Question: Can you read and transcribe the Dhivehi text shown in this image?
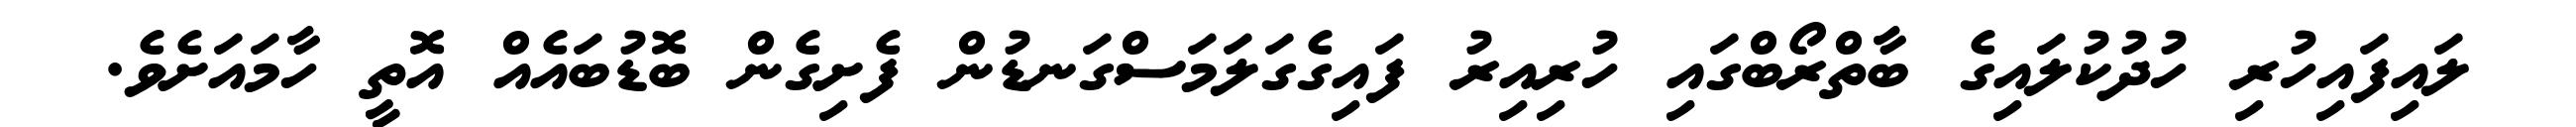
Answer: ލައިފައިހުރި ހުދުކުލައިގެ ބާތްރޯބްގައި ހުރިއިރު ފައިގެގަލަމަސްގަނޑުން ފެށިގެން ބޮޑުބައެއް އޮތީ ހާމައަށެވެ.